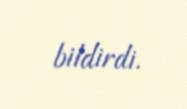
bildirdi.